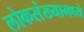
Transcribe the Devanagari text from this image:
लोकसंख्यामध्ये